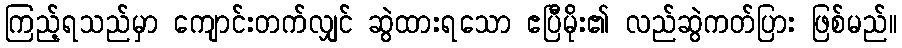
ကြည့်ရသည်မှာ ကျောင်းတက်လျှင် ဆွဲထားရသော ဧပြီမိုး၏ လည်ဆွဲကတ်ပြား ဖြစ်မည်။